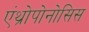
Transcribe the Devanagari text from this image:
एंथ्रोपोनोसिस